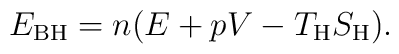
E_{\rm BH}=n(E+pV -T_{\rm H}S_{\rm H}).